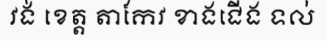
វង់ ខេត្ត តាកែវ ខាងជើង ទល់